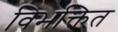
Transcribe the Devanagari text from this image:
विभक्तित